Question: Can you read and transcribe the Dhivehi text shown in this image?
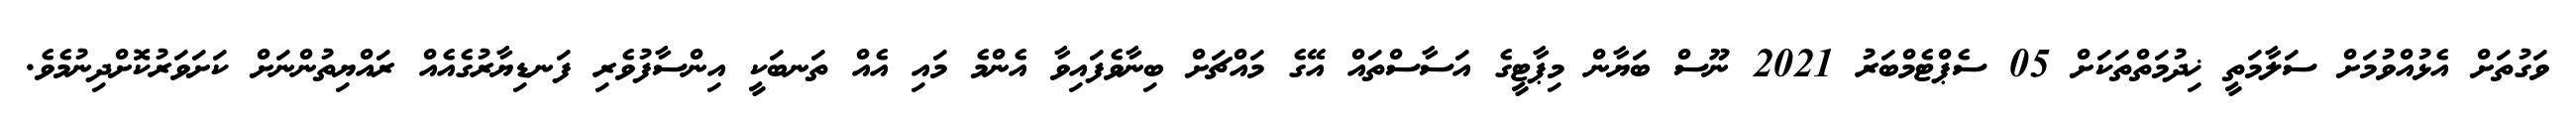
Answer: ވަގުތަށް އެޅުއްވުމަށް ސަލާމަތީ ޚިދުމަތްތަކަށް 05 ސެޕްޓެމްބަރު 2021 ނޫސް ބަޔާން މިޕާޓީގެ އަސާސްތައް އޭގެ މައްޗަށް ބިނާވެފައިވާ އެންމެ މައި އެއް ތަނބަކީ އިންސާފުވެރި ފަނޑިޔާރުގެއެއް ރައްޔިތުންނަށް ކަށަވަރުކޮށްދިނުމެވެ.